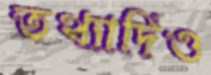
তথ্যাদিও